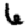
Digit: 6